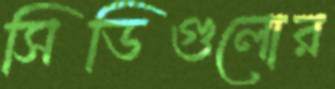
সিডিগুলোর